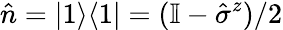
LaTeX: \hat{n}=|1\rangle\langle 1|=(\mathbb I-\hat{\sigma}^{z})/2